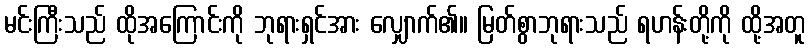
မင်းကြီးသည် ထိုအကြောင်းကို ဘုရားရှင်အား လျှောက်၏။ မြတ်စွာဘုရားသည် ရဟန်းတို့ကို ထို့အတူ